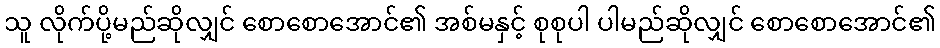
သူ လိုက်ပို့မည်ဆိုလျှင် စောစောအောင်၏ အစ်မနှင့် စုစုပါ ပါမည်ဆိုလျှင် စောစောအောင်၏